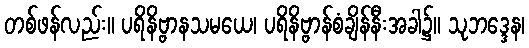
တစ်ဖန်လည်း။ ပရိနိဗ္ဗာနသမယေ၊ ပရိနိဗ္ဗာန်စံချိန်နီးအခါ၌။ သုဘဒ္ဒေန၊